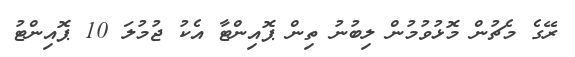
ރޭގެ މެޗުން މޮޅުވުމުން ލިބުނު ތިން ޕޮއިންޓާ އެކު ޖުމުލަ 10 ޕޮއިންޓު